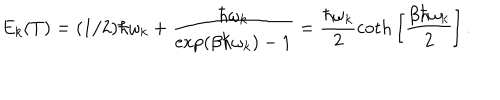
LaTeX: E _ { k } ( T ) = ( 1 / 2 ) \hbar \omega _ { k } + \frac { \hbar \omega _ { k } } { \exp ( \beta \hbar \omega _ { k } ) - 1 } = \frac { \hbar \omega _ { k } } { 2 } \mathrm { c o t h } \left[ \frac { \beta \hbar \omega _ { k } } { 2 } \right] .